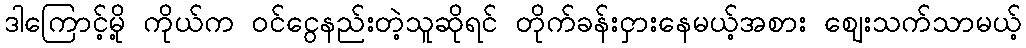
ဒါကြောင့်မို့ ကိုယ်က ၀င်ငွေနည်းတဲ့သူဆိုရင် တိုက်ခန်းငှားနေမယ့်အစား ဈေးသက်သာမယ့်